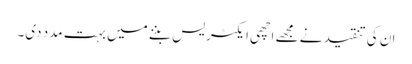
ان کی تنقید نے مجھے اچھی ایکٹریس بننے میں بہت مدد دی۔